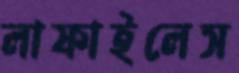
লাফাইলেস